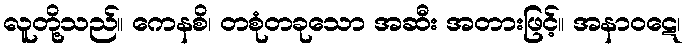
လူတို့သည်။ ကေနစိ၊ တစုံတခုသော အဆီး အတားဖြင့်။ အနာဝဋေ၊